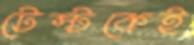
টেস্টকেই